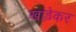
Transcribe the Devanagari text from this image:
खांड़ेकर